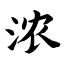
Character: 浓